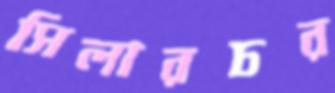
সিলারচর